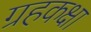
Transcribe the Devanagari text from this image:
ग्रहकक्षा